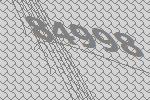
84998